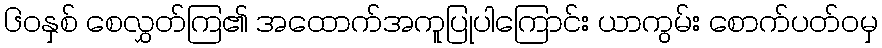
၆၀နှစ် စေလွှတ်ကြ၏ အထောက်အကူပြုပါကြောင်း ယာကွမ်း စောက်ပတ်ဝမှ